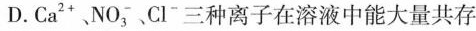
D.Ca^{2+}、NO_{3}^{-}、Cl^{-}三种离子在溶液中能大量共存